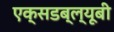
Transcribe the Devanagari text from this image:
एक्सडब्ल्यूबी